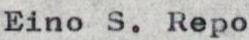
Eino S. Repo